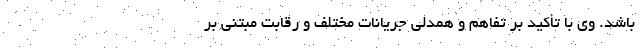
باشد. وی با تأکید بر تفاهم و همدلی جریانات مختلف و رقابت مبتنی بر